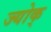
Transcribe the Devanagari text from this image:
ज्योक्